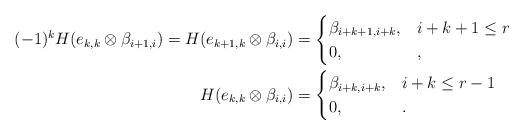
LaTeX: \begin{align*}(-1)^kH(e_{k,k}\otimes\beta_{i+1,i})=H(e_{k+1,k}\otimes\beta_{i,i})&=\begin{cases} \beta_{i+k+1,i+k},& i+k+1\leq r \\ 0,& ,\end{cases}\\H(e_{k,k}\otimes\beta_{i,i})&=\begin{cases} \beta_{i+k,i+k},& i+k\leq r-1 \\ 0,& .\end{cases}\end{align*}